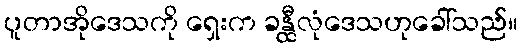
ပူတာအိုဒေသကို ရှေးက ခန္ထီလုံဒေသဟုခေါ်သည်။